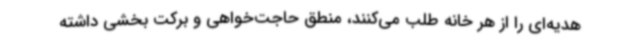
هدیه‌ای را از هر خانه طلب می‌کنند، منطق حاجت‌خواهی و برکت بخشی داشته